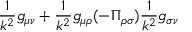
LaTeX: \frac { 1 } { k ^ { 2 } } g _ { \mu \nu } + \frac { 1 } { k ^ { 2 } } g _ { \mu \rho } ( - \Pi _ { \rho \sigma } ) \frac { 1 } { k ^ { 2 } } g _ { \sigma \nu }